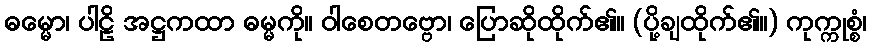
ဓမ္မော၊ ပါဠိ အဋ္ဌကထာ ဓမ္မကို။ ဝါစေတဗ္ဗော၊ ပြောဆိုထိုက်၏။ (ပို့ချထိုက်၏။) ကုက္ကုစ္စံ၊